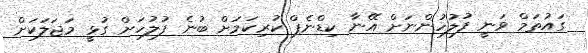
ގައުތަމް ވަނީ ފުލުހުންނަށް އޭނާ ކިޑްނެޕް ކުރިކަމަށް ބުނެ ފުލުހަށް ގުޅީ މަޖަލަކަށް